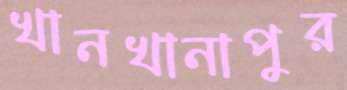
খানখানাপুর